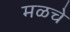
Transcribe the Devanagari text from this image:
मळचे